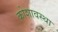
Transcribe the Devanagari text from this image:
कोशावस्था